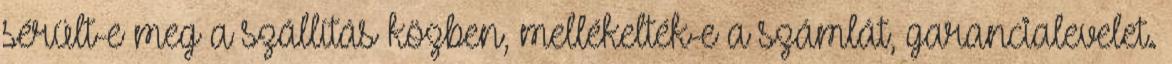
sérült-e meg a szállítás közben, mellékelték-e a számlát, garancialevelet.